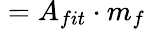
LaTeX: {}={}A_{fit}{}\cdot{}m_{f}